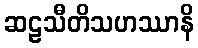
ဆဠသီတိသဟဿာနိ